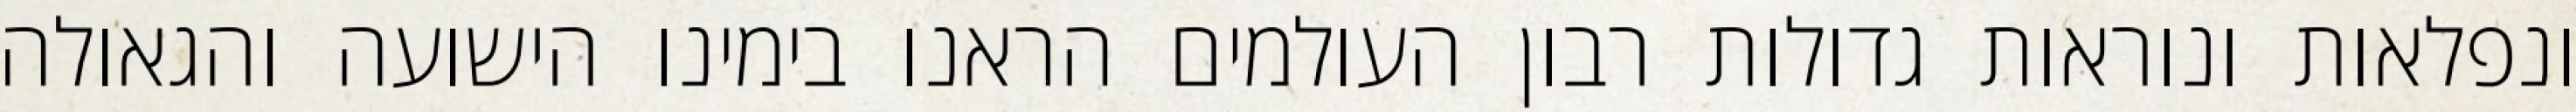
ונפלאות ונוראות גדולות רבון העולמים הראנו בימינו הישועה והגאולה